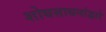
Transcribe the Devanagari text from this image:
शोधसाधनांद्वारे